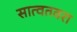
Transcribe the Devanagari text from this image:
सात्वतवरा